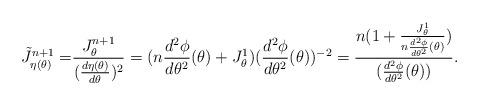
LaTeX: \begin{align*}\tilde{J}^{n+1}_{\eta(\theta)}=&\frac{{J}^{n+1}_{\theta}} {(\frac{d \eta(\theta)}{d \theta})^{2}}=(n \frac{d^2\phi}{d\theta^2} (\theta)+ J_{\theta}^1)(\frac{d^2\phi}{d\theta^2} (\theta))^{-2} =\frac{n(1+ \frac{J_{\theta}^1}{n\frac{d^2\phi}{d\theta^2} (\theta)})}{(\frac{d^2\phi}{d\theta^2} (\theta))}. \end{align*}